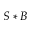
S * B